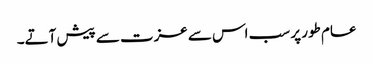
عام طور پر سب اس سے عزت سے پیش آتے۔